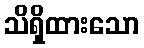
သိရှိထားသော